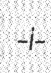
-i-